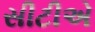
સીટીએ